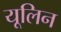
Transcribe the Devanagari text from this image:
यूलिन